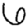
Digit: 6